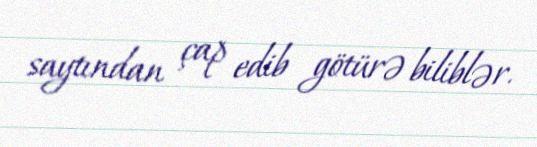
saytından çap edib götürə biliblər.